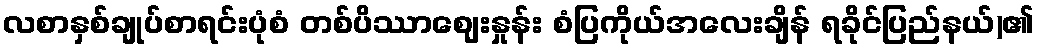
လစာနှစ်ချုပ်စာရင်းပုံစံ တစ်ပိဿာဈေးနှုန်း စံပြကိုယ်အလေးချိန် ရခိုင်ပြည်နယ်)၏